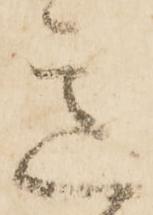
意